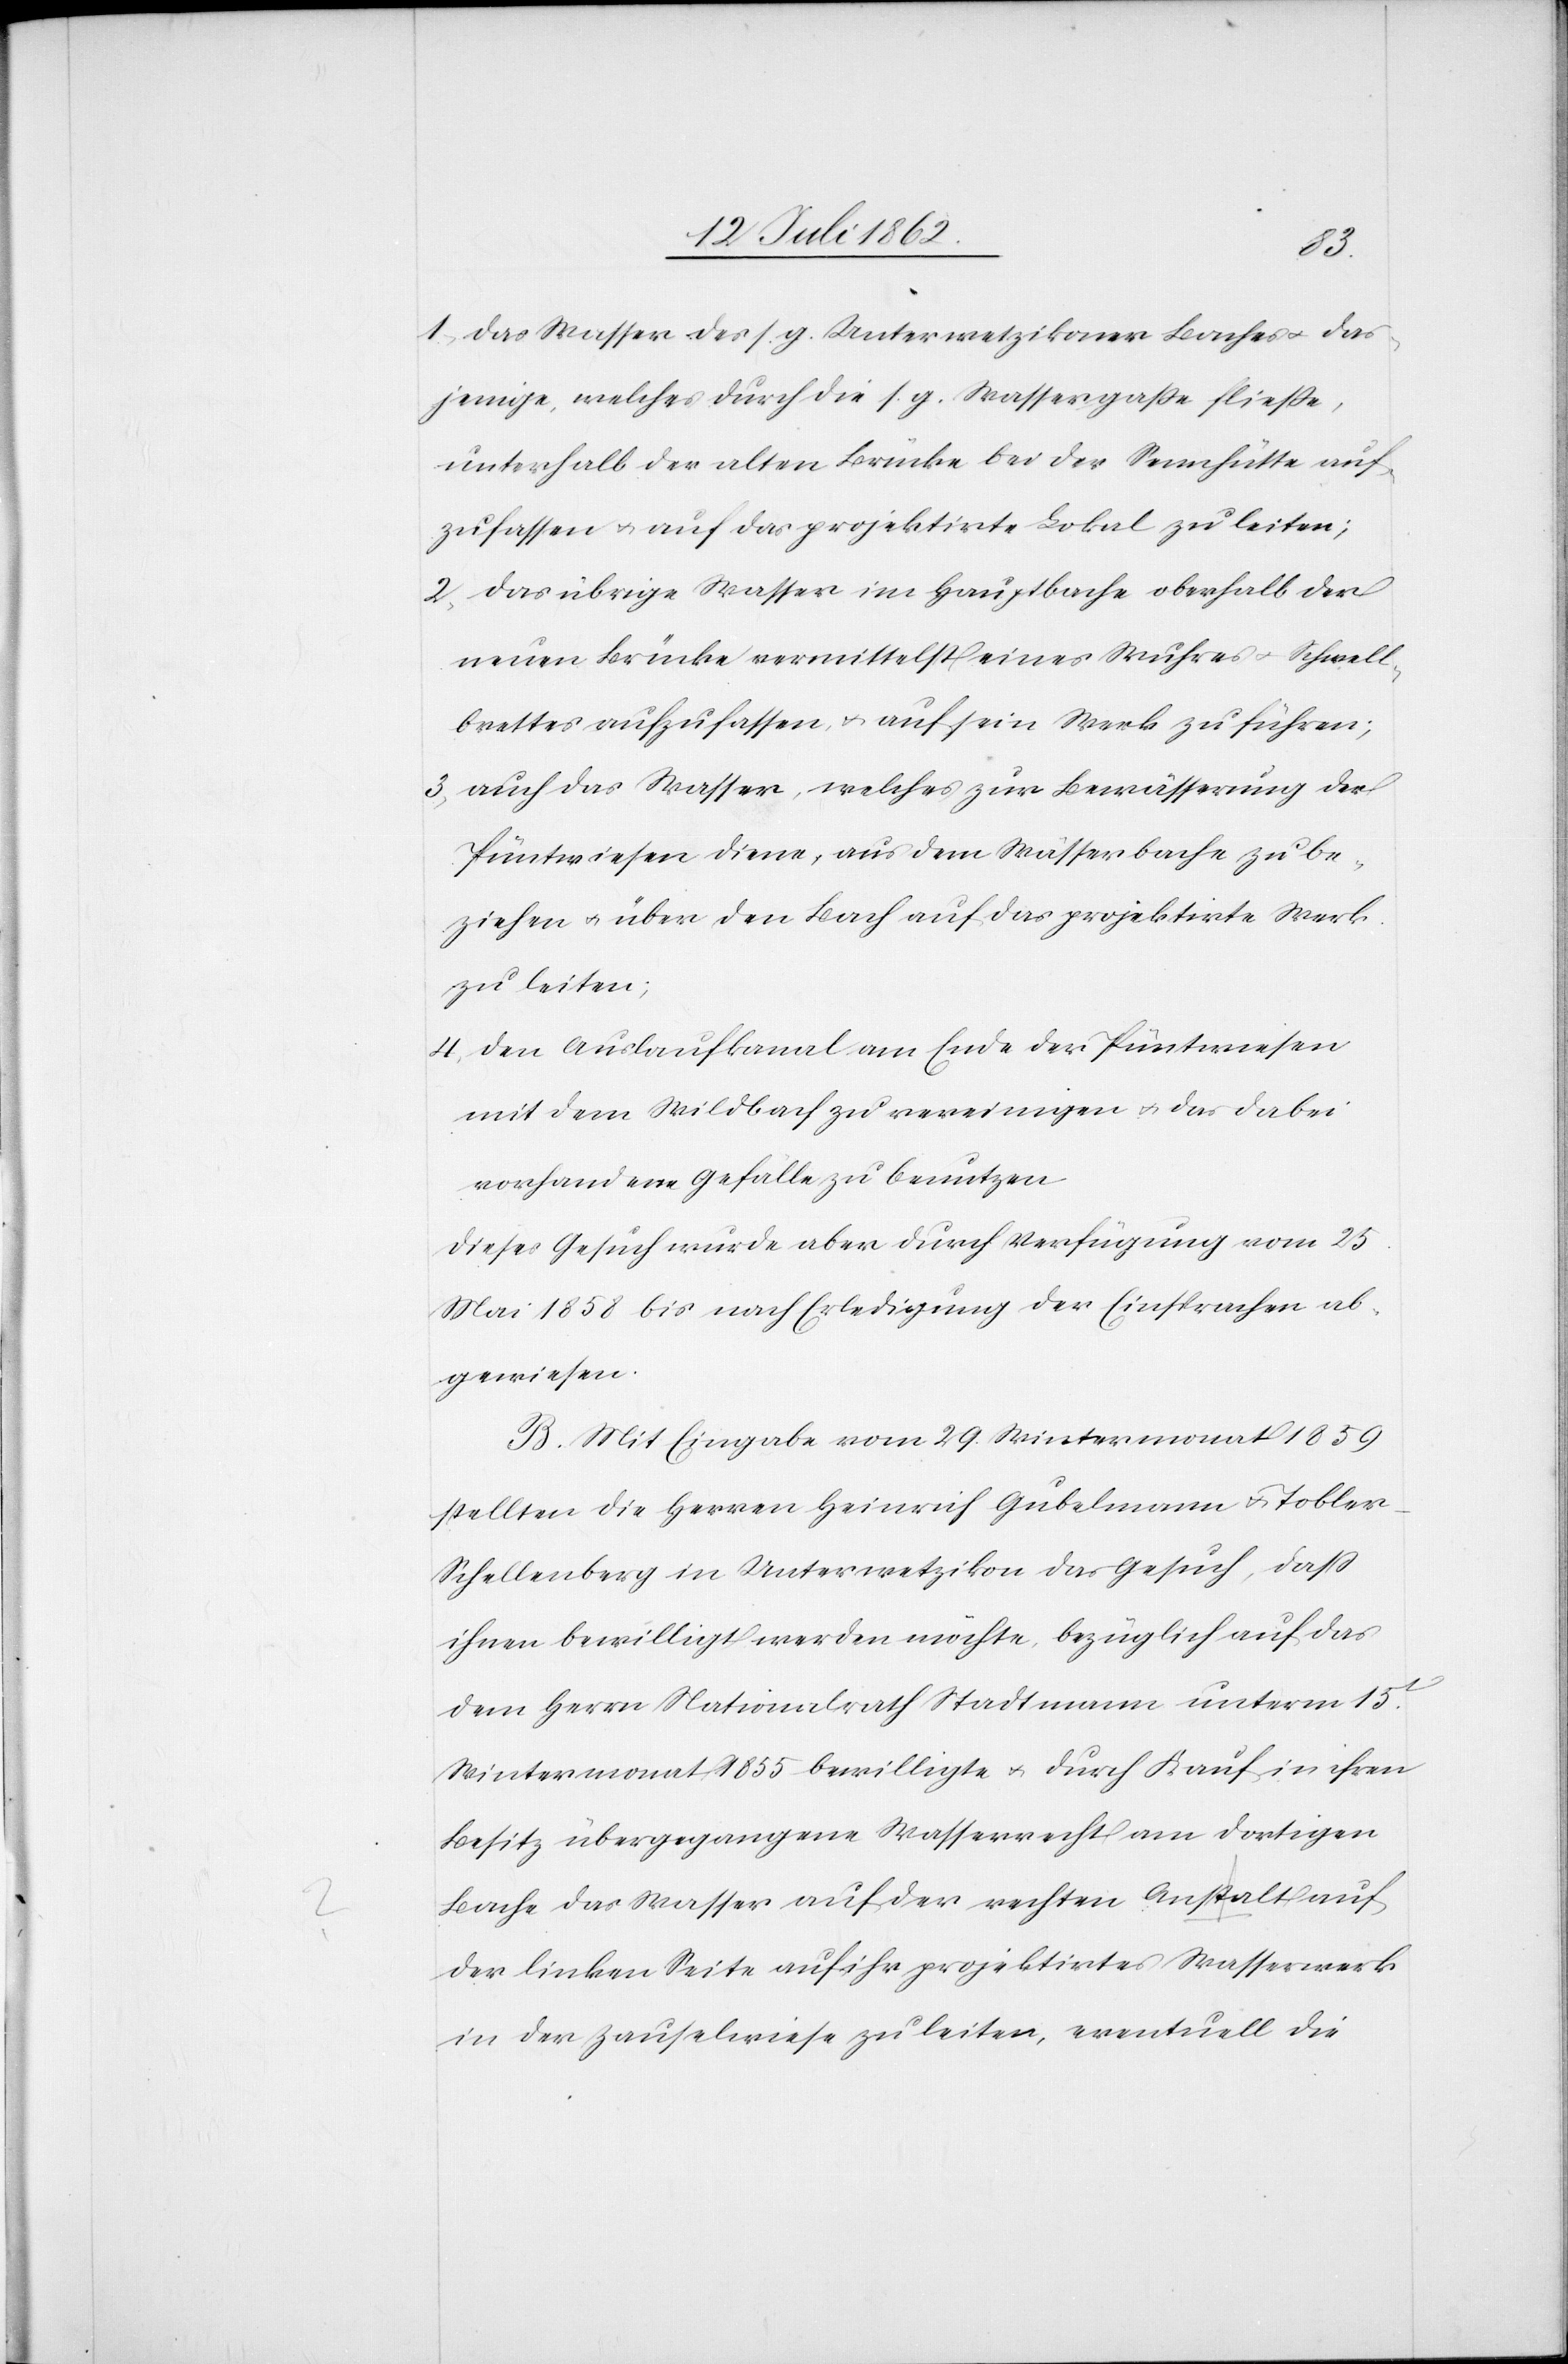
1. Das Wasser des s. g. Unterwetzikoner Baches u. das¬
jenige, welches durch die s. g. Wassergaße fließe,
unterhalb der alten Brücke bei der Sennhütte auf¬
zufassen u. auf das projektirte Lokal zu leiten;
2. das übrige Wasser im Hauptbache oberhalb der
neuen Brücke vermittelst eines Wuhres u. Schwell¬
brettes aufzufassen u. auf ein Werk zu führen;
3. auch das Wasser, welches zur Bewässerung der
Puntwiesen diene, aus dem Wasserbache zu be¬
ziehen u. über den Bach auf das projektirte Werk
zu leiten;
4. den Auslaufkanal am Ende der Püntwiesen
mit dem Wildbach zu vereinigen u. das dabei
vorhandene Gefälle zu benutzen.
Dieses Gesuch wurde aber durch Verfügung vom 25.
Mai 1858 bis nach Erledigung der Einsprachen ab¬
gewiesen.
B. Mit Eingabe vom 29. Wintermonat 1859
stellten die Herren Heinrich Gubelmann u. Toble¬
r-Schellenberg in Unterwetzikon das Gesuch, daß
ihnen bewilligt werden möchte, bezüglich auf das
dem Herrn Nationalrath Stadtmann unterm 15t.
Wintermonat 1855 bewilligte u. durch Kauf in ihren
Besitz übergegangene Wasserrecht am dortigen
Bache das Wasser auf der rechten Anstalt
der linken Seite auf ihr projektirtes Wasserwerk